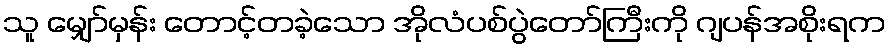
သူ မျှော်မှန်း တောင့်တခဲ့သော အိုလံပစ်ပွဲတော်ကြီးကို ဂျပန်အစိုးရက